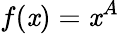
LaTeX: f(\mathit{x})=\mathit{x}^{A}